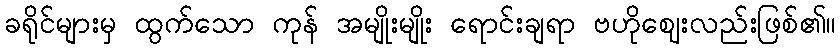
ခရိုင်များမှ ထွက်သော ကုန် အမျိုးမျိုး ရောင်းချရာ ဗဟိုဈေးလည်းဖြစ်၏။